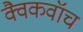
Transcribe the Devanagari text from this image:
क्वैकवॉच